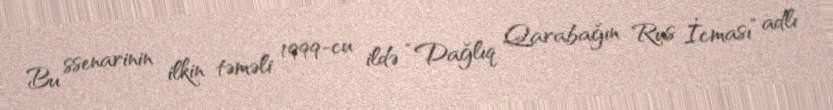
Bu ssenarinin ilkin təməli 1999-cu ildə “Dağlıq Qarabağın Rus İcması” adlı